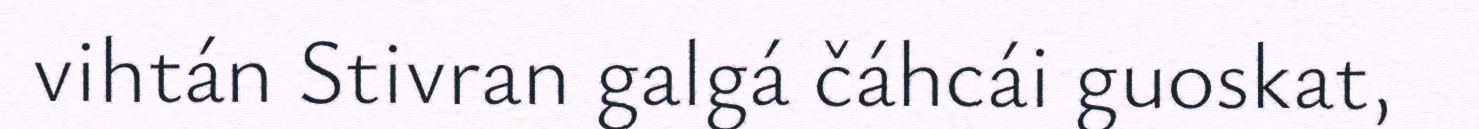
vihtán Stivran galgá čáhcái guoskat,